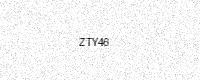
Text: ZTY46